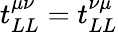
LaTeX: t_{LL}^{\mu\nu}=t_{LL}^{\nu\mu}